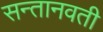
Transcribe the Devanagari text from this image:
सन्तानवती